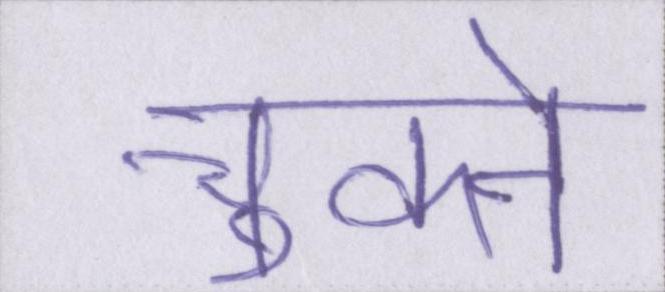
चूकने